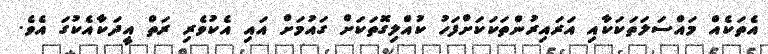
އެތަކެއް މައްސަލަތަކަކާއި އަރައިރުންތަކަކަށްފަހު ކުއްލިގޮތަކަށް ގައުމަށް އައި އެކުވެރި ރަތް އީދަކާއެކުގަ އެވެ.